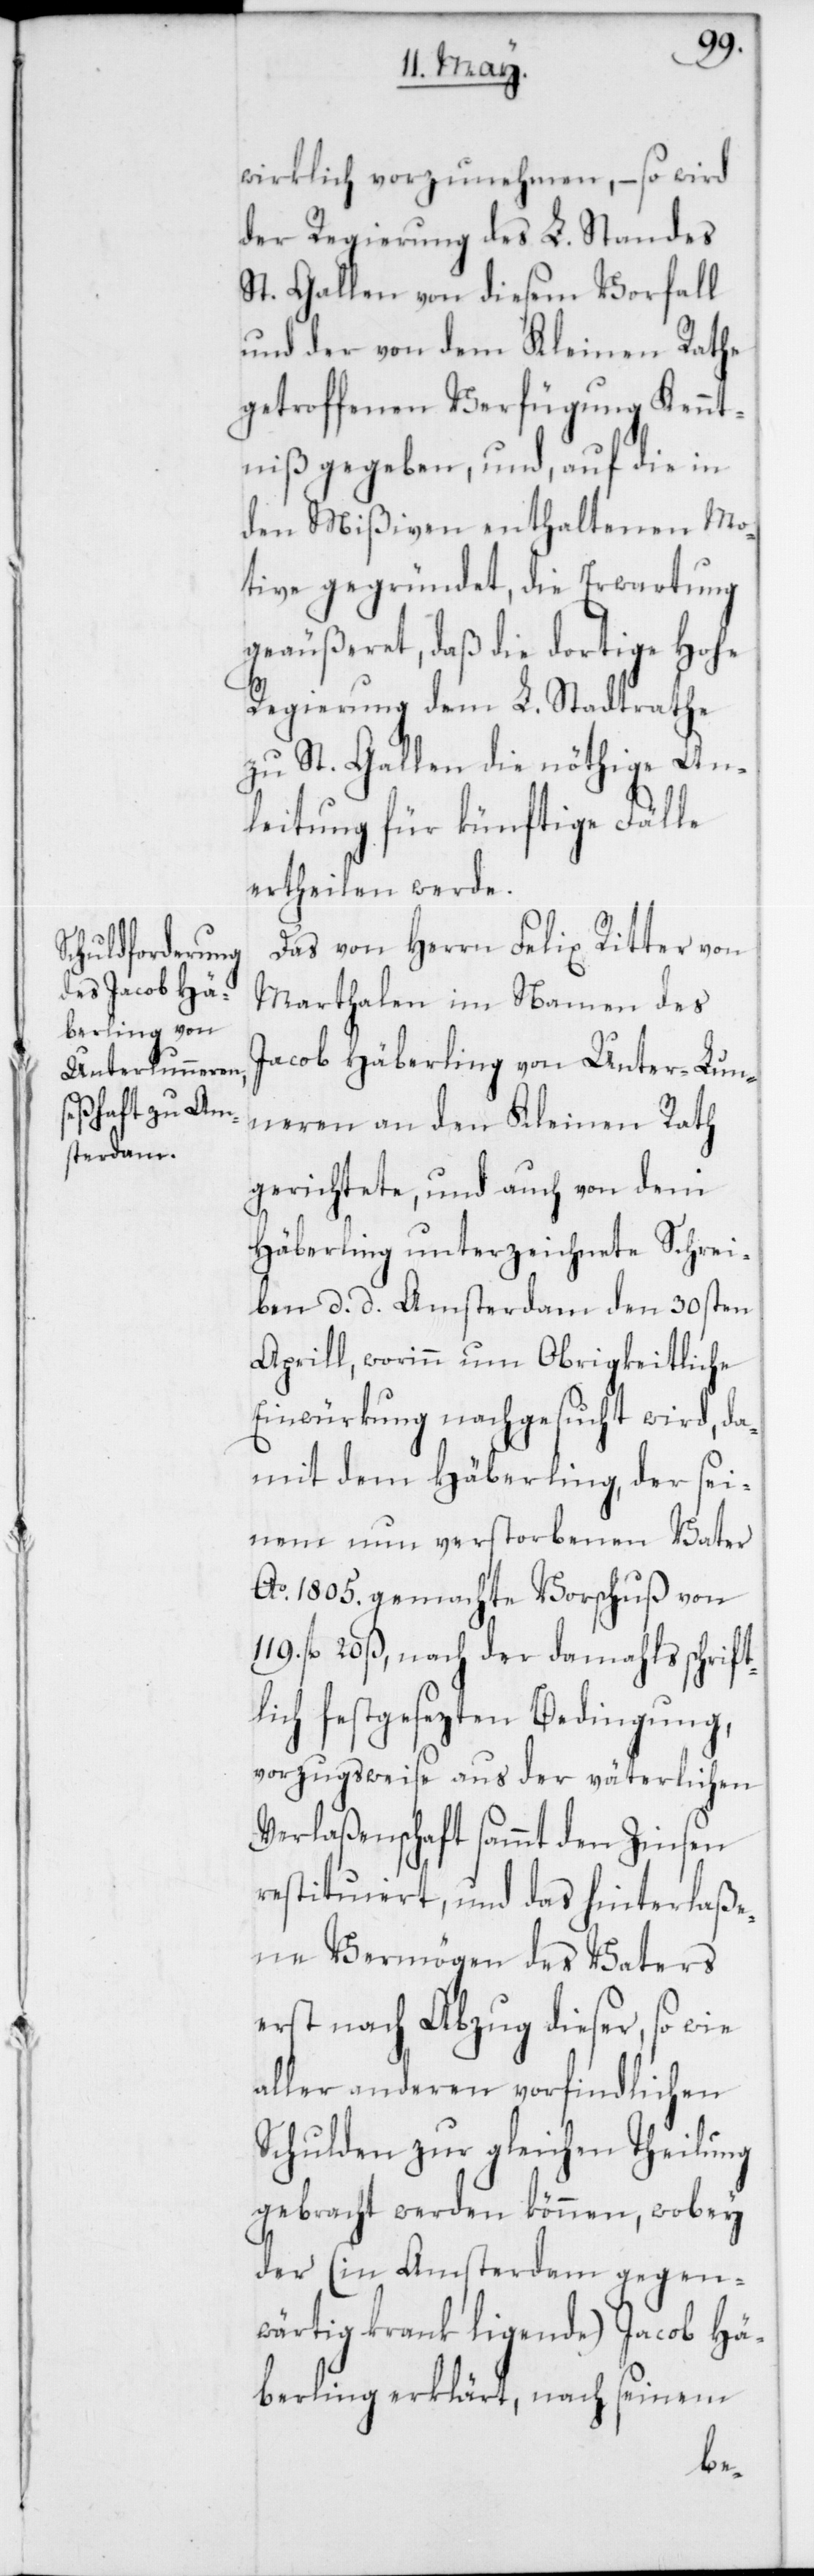
wirklich vorzunehmen, – so wird
der Regierung des L. Standes
St. Gallen von diesem Vorfall
und der von dem Kleinen Rathe
getroffenen Verfügung Kennt¬
niß gegeben, und, auf die in
den Mißiven enthaltenen Mo¬
tive gegründet, die Erwartung
geäußeret, daß die dortige Hohe
Regierung dem L. Stadtrathe
zu St. Gallen die nöthige An¬
leitung für künftige Fälle
ertheilen werde.
Das von Herrn Felix Ritter von
Marthalen im Namen des
Jacob Häberling von Unter-Lun¬
neren an den Kleinen Rath
gerichtete, und auch von dem
Häberling unterzeichnete Schrei¬
ben d. d. Amsterdam den 30sten
Aprill, worinn um Obrigkeitliche
Einwürkung nachgesucht wird, da¬
mit dem Häberling, der sei¬
nem nun verstorbenen Vater
Ao. 1805. gemachte Vorschuß von
119. fl. 20 ß, nach der damahls schrift¬
lich festgesezten Bedingung,
vorzugsweise aus der väterlichen
Verlaßenschaft sammt den Zinsen
restituiert, und das hinterlaße¬
ne Vermögen des Vaters
erst nach Abzug dieser, so wie
aller anderen vorfindlichen
Schulden zur gleichen Theilung
gebracht werden können, wobey
der (in Amsterdam gegen¬
wärtig krank ligende) Jacob Hä¬
berling erklärt, nach seinem